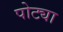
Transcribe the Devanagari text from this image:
पोट्या